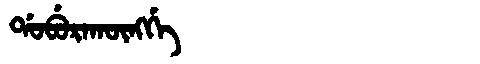
Manchu: ᡩᠣᠪᡠᡵᠠᡴᡡᠩᡤᡝ
Romanization: DOBURAKŪNGGE